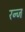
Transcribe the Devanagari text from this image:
रन्ज